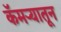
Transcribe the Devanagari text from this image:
कॅमऱ्यातून